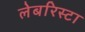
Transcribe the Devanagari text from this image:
लेबरिस्टा